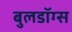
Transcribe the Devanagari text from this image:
बुलडॉग्स